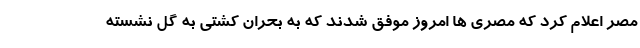
مصر اعلام کرد که مصری ها امروز موفق شدند که به بحران کشتی به گل نشسته